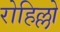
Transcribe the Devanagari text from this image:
रोहिल्लो